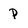
Character: p